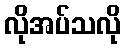
လိုအပ်သလို